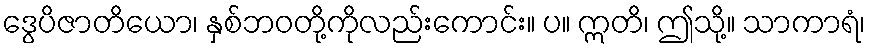
ဒွေပိဇာတိယော၊ နှစ်ဘဝတို့ကိုလည်းကောင်း။ ပ။ ဣတိ၊ ဤသို့။ သာကာရံ၊